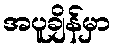
အပူချိန်မှာ